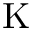
\mathrm { K }